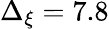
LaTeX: \Delta_{\xi}=7.8